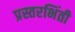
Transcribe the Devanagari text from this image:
प्रस्तरभिंती